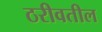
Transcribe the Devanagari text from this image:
ठरीवतील